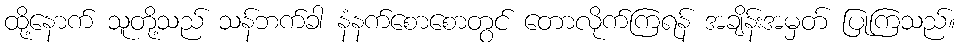
ထို့နောက် သူတို့သည် သန်ဘက်ခါ နံနက်စောစောတွင် တောလိုက်ကြရန် အချိန်းအမှတ် ပြုကြသည်။